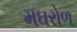
મઘરોળ